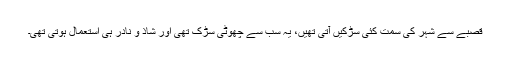
قصبے سے شہر کی سمت کئی سڑکیں آتی تھیں، یہ سب سے چھوٹی سڑک تھی اور شاذ و نادر ہی استعمال ہوتی تھی۔